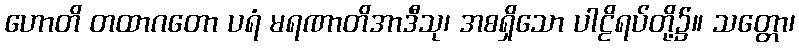
ဟောတိ တထာဂတော ပရံ မရဏာတိအာဒီသု၊ အစရှိသော ပါဠိရပ်တို့၌။ သတ္တော၊